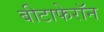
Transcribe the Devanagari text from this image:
बीटाफेरॉन